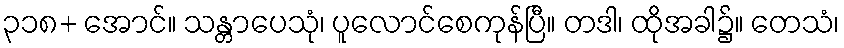
၃၁၈+ အောင်။ သန္တာပေသုံ၊ ပူလောင်စေကုန်ပြီ။ တဒါ၊ ထိုအခါ၌။ တေသံ၊